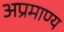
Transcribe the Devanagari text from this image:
अप्रमाण्‍य